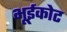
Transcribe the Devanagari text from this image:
भूईकोट